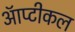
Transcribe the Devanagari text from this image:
ऑप्टीकल